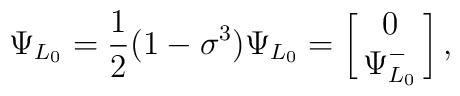
\Psi_{L_0} = {1\over 2}(1-\sigma^3)\Psi_{L_0}=\left[\matrix{0\cr \Psi^-_{L_0}}\right] ,